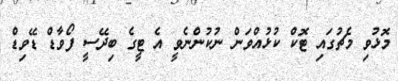
މޮޅުވި މެޗުގައި ޓޮކް ކުޅުއްވަން ނުކުންނެވީ އެ ޓީގެ ބިދޭސީ ފޯވާޑް ޑޭވިޑް